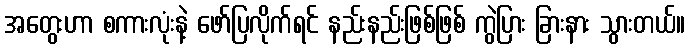
အတွေးဟာ စကားလုံးနဲ့ ဖော်ပြလိုက်ရင် နည်းနည်းဖြစ်ဖြစ် ကွဲပြား ခြားနား သွားတယ်။